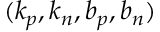
( k _ { p } , k _ { n } , b _ { p } , b _ { n } )